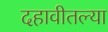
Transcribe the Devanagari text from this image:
दहावीतल्या